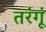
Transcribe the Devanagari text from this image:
तरंगूं